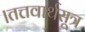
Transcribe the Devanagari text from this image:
।तत्तवार्थसूत्र